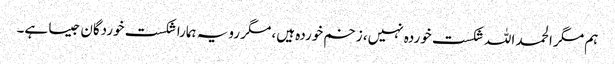
ہم مگر الحمد اللہ شکست خوردہ نہیں، زخم خوردہ ہیں، مگر رویہ ہمارا شکست خوردگان جیسا ہے۔